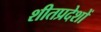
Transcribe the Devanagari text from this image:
शीतप्रदेशों